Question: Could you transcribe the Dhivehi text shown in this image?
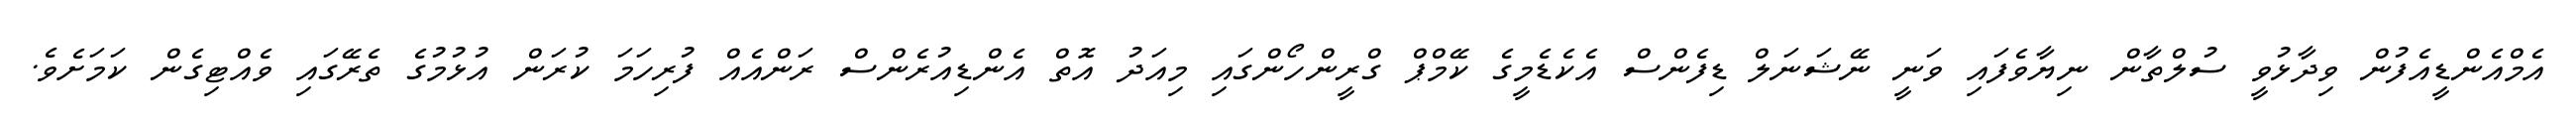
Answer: އެމްއެންޑީއެފުން ވިދާޅުވީ ސުލްތާން ނިޔާވެފައި ވަނީ ނޭޝަނަލް ޑިފެންސް އެކެޑެމީގެ ކޭމްޕް ގްރީންހޯންގައި މިއަދު އޮތް އެންޑިއުރެންސް ރަންއެއް ފުރިހަމަ ކުރަން އުޅުމުގެ ތެރޭގައި ވެއްޓިގެން ކަމަށެވެ.